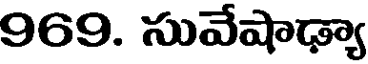
969. సువేషాఢ్యా